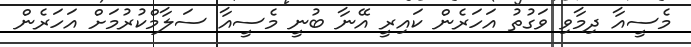
މެސީއާ ދިމާވި ވަގުތު އަހަރެން ކައިރީ އޭނާ ބުނީ މެސީއާ ސަލާމްކުރުމަށް އަހަރެން